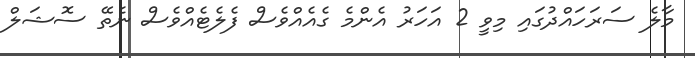
މާލެ ސަރަހައްދުގައި މިވީ 2 އަހަރު އެންމެ ގެއެއްވެސް ފެލެޓެއްވެސް ނެތޭ ސޮޝަލް